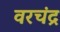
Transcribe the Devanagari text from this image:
वरचंद्र